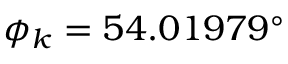
\phi _ { k } = 5 4 . 0 1 9 7 9 ^ { \circ }